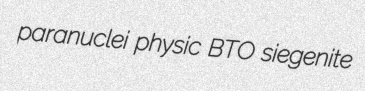
paranuclei physic BTO siegenite